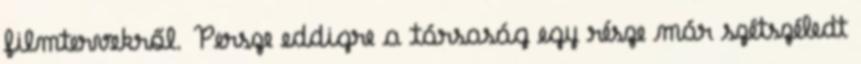
filmtervekről. Persze eddigre a társaság egy része már szétszéledt